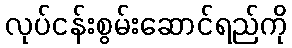
လုပ်ငန်းစွမ်းဆောင်ရည်ကို